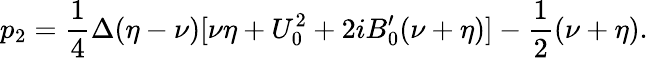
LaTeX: p_{2}=\frac{1}{4}\Delta(\eta-\nu)[\nu\eta+U_{0}^{2}+2iB_{0}^{\prime}(\nu+\eta)]-\frac{1}{2}(\nu+\eta).